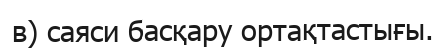
в) саяси басқару ортақтастығы.